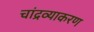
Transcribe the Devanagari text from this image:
चांद्रव्याकरण